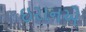
ઇરાનએ